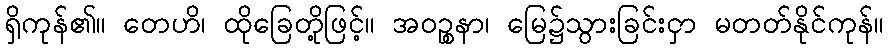
ရှိကုန်၏။ တေဟိ၊ ထိုခြေတို့ဖြင့်။ အဝဉ္စနာ၊ မြေ၌သွားခြင်းငှာ မတတ်နိုင်ကုန်။